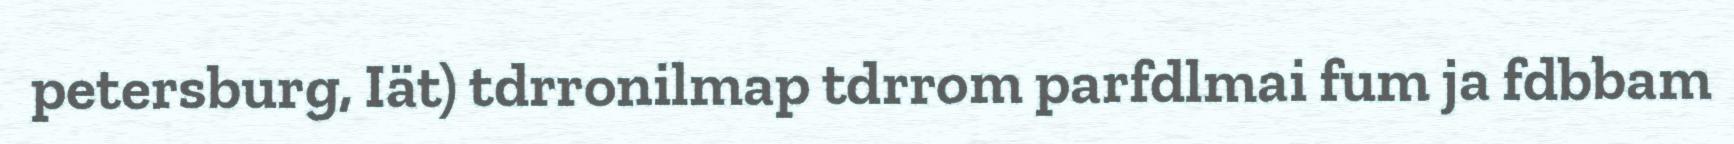
petersburg, Iät) tdrronilmap tdrrom parfdlmai fum ja fdbbam